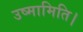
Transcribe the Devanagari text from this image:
उष्मामिति।